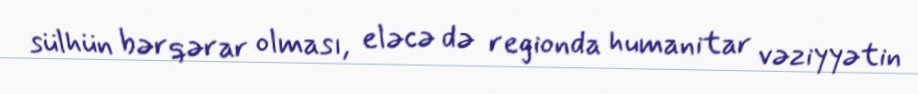
sülhün bərqərar olması, eləcə də regionda humanitar vəziyyətin